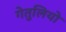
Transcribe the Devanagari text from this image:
गेतुलियो